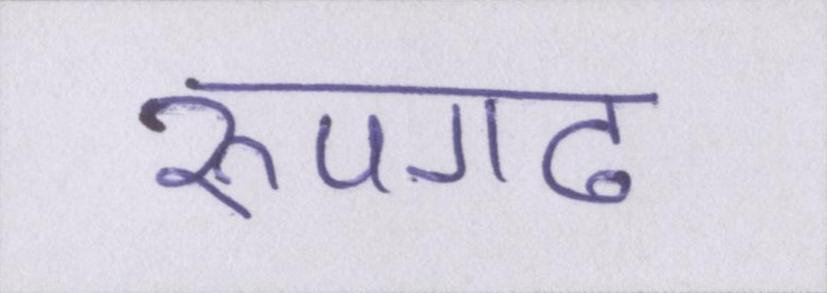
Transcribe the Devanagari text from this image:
रूपगढ